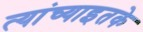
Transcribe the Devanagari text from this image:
त्यांच्याइतके